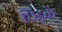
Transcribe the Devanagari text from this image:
छिड़कें